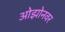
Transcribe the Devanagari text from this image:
ओझोनवर